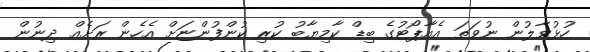
ހުޅުވާލުން ނުވަތަ އެއާޕޯޓުގެ ބިޑް ކާމިޔާބު ކުރި ކުންފުންޏަށް އެހެން ރަށެއް ދިނުން